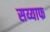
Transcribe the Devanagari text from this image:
सय्याफ